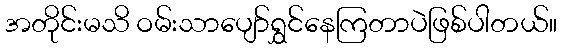
အတိုင်းမသိ ဝမ်းသာပျော်ရွှင်နေကြတာပဲဖြစ်ပါတယ်။